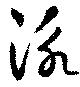
泳